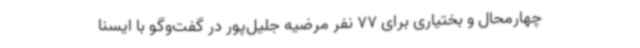
چهارمحال و بختیاری برای 77 نفر مرضیه جلیل‌پور در گفت‌وگو با ایسنا